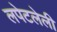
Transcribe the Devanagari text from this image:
लपेटलेली